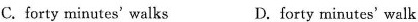
C. forty minutes' walks D. forty minutes' walk